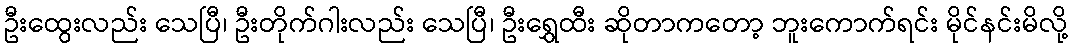
ဦးထွေးလည်း သေပြီ၊ ဦးတိုက်ဂါးလည်း သေပြီ၊ ဦးရွှေထီး ဆိုတာကတော့ ဘူးကောက်ရင်း မိုင်နင်းမိလို့